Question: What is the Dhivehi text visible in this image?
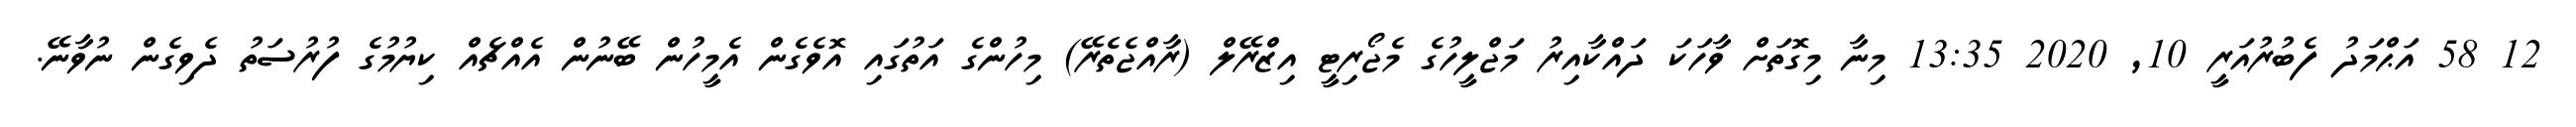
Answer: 12 58 އަޙްމަދު ފެބުރުއަރީ 10, 2020 13:35 މިނާ މިގޮތަށް ވާހަކަ ދައްކާއިރު މަޖްލީހުގެ މެޖޯރިޓީ އިޒްރޭލް (ރާއްޖެތެރޭ) މިހުންގެ އަތުގައި އޮވެގެން އެމީހުން ބޭނުން އެއްޗެއް ކިޔުމުގެ ފުރުސަތު ދެވިގެން ނުވާނޭ.